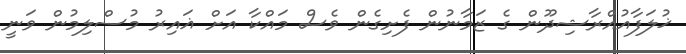
ޚުލަފާއުއްރާޝިދޫން ގެ ޒަމާނުން ފެށިގެން ވެސް މައްކާ އަށް ޣައިރު މުސްލިމުން ވަނީ